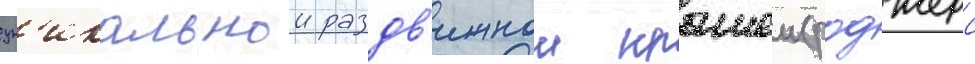
ун'икальнои раздв'ижнои крышеи (роджерс